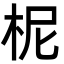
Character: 柅